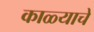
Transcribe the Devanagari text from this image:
काळ्याचे